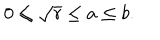
0 \leq \sqrt { r } \leq a \leq b .